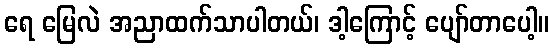
ရေ မြေလဲ အညာထက်သာပါတယ်၊ ဒါ့ကြောင့် ပျော်တာပေါ့။